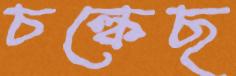
চল্‌কেছ